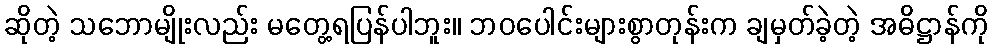
ဆိုတဲ့ သဘောမျိုးလည်း မတွေ့ရပြန်ပါဘူး။ ဘဝပေါင်းများစွာတုန်းက ချမှတ်ခဲ့တဲ့ အဓိဋ္ဌာန်ကို